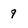
Character: 9